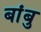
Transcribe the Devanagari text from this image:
बांबु